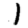
Digit: 1